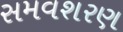
સમવશરણ